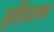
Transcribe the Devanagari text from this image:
सृष्टिपालक